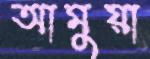
আমুয়া